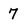
Character: 7